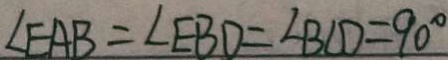
\angle E A B = \angle E B D = \angle B C D = 9 0 ^ { \circ }